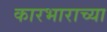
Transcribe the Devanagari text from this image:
कारभाराच्या